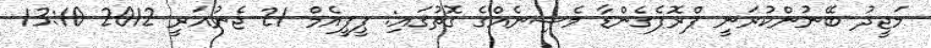
މަޖީދު ބޭނުންކުރަނީ ޕްރޮޕެގެންޑާ މެޝިނެއްގެ ގޮތުގައި: ޕީޕީއެމް 21 ޖެނުއަރީ 2012 13:10